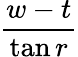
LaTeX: \frac{w-t}{\tan r}